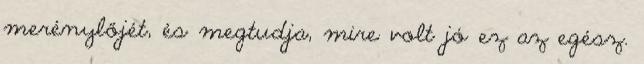
merénylőjét, és megtudja, mire volt jó ez az egész.